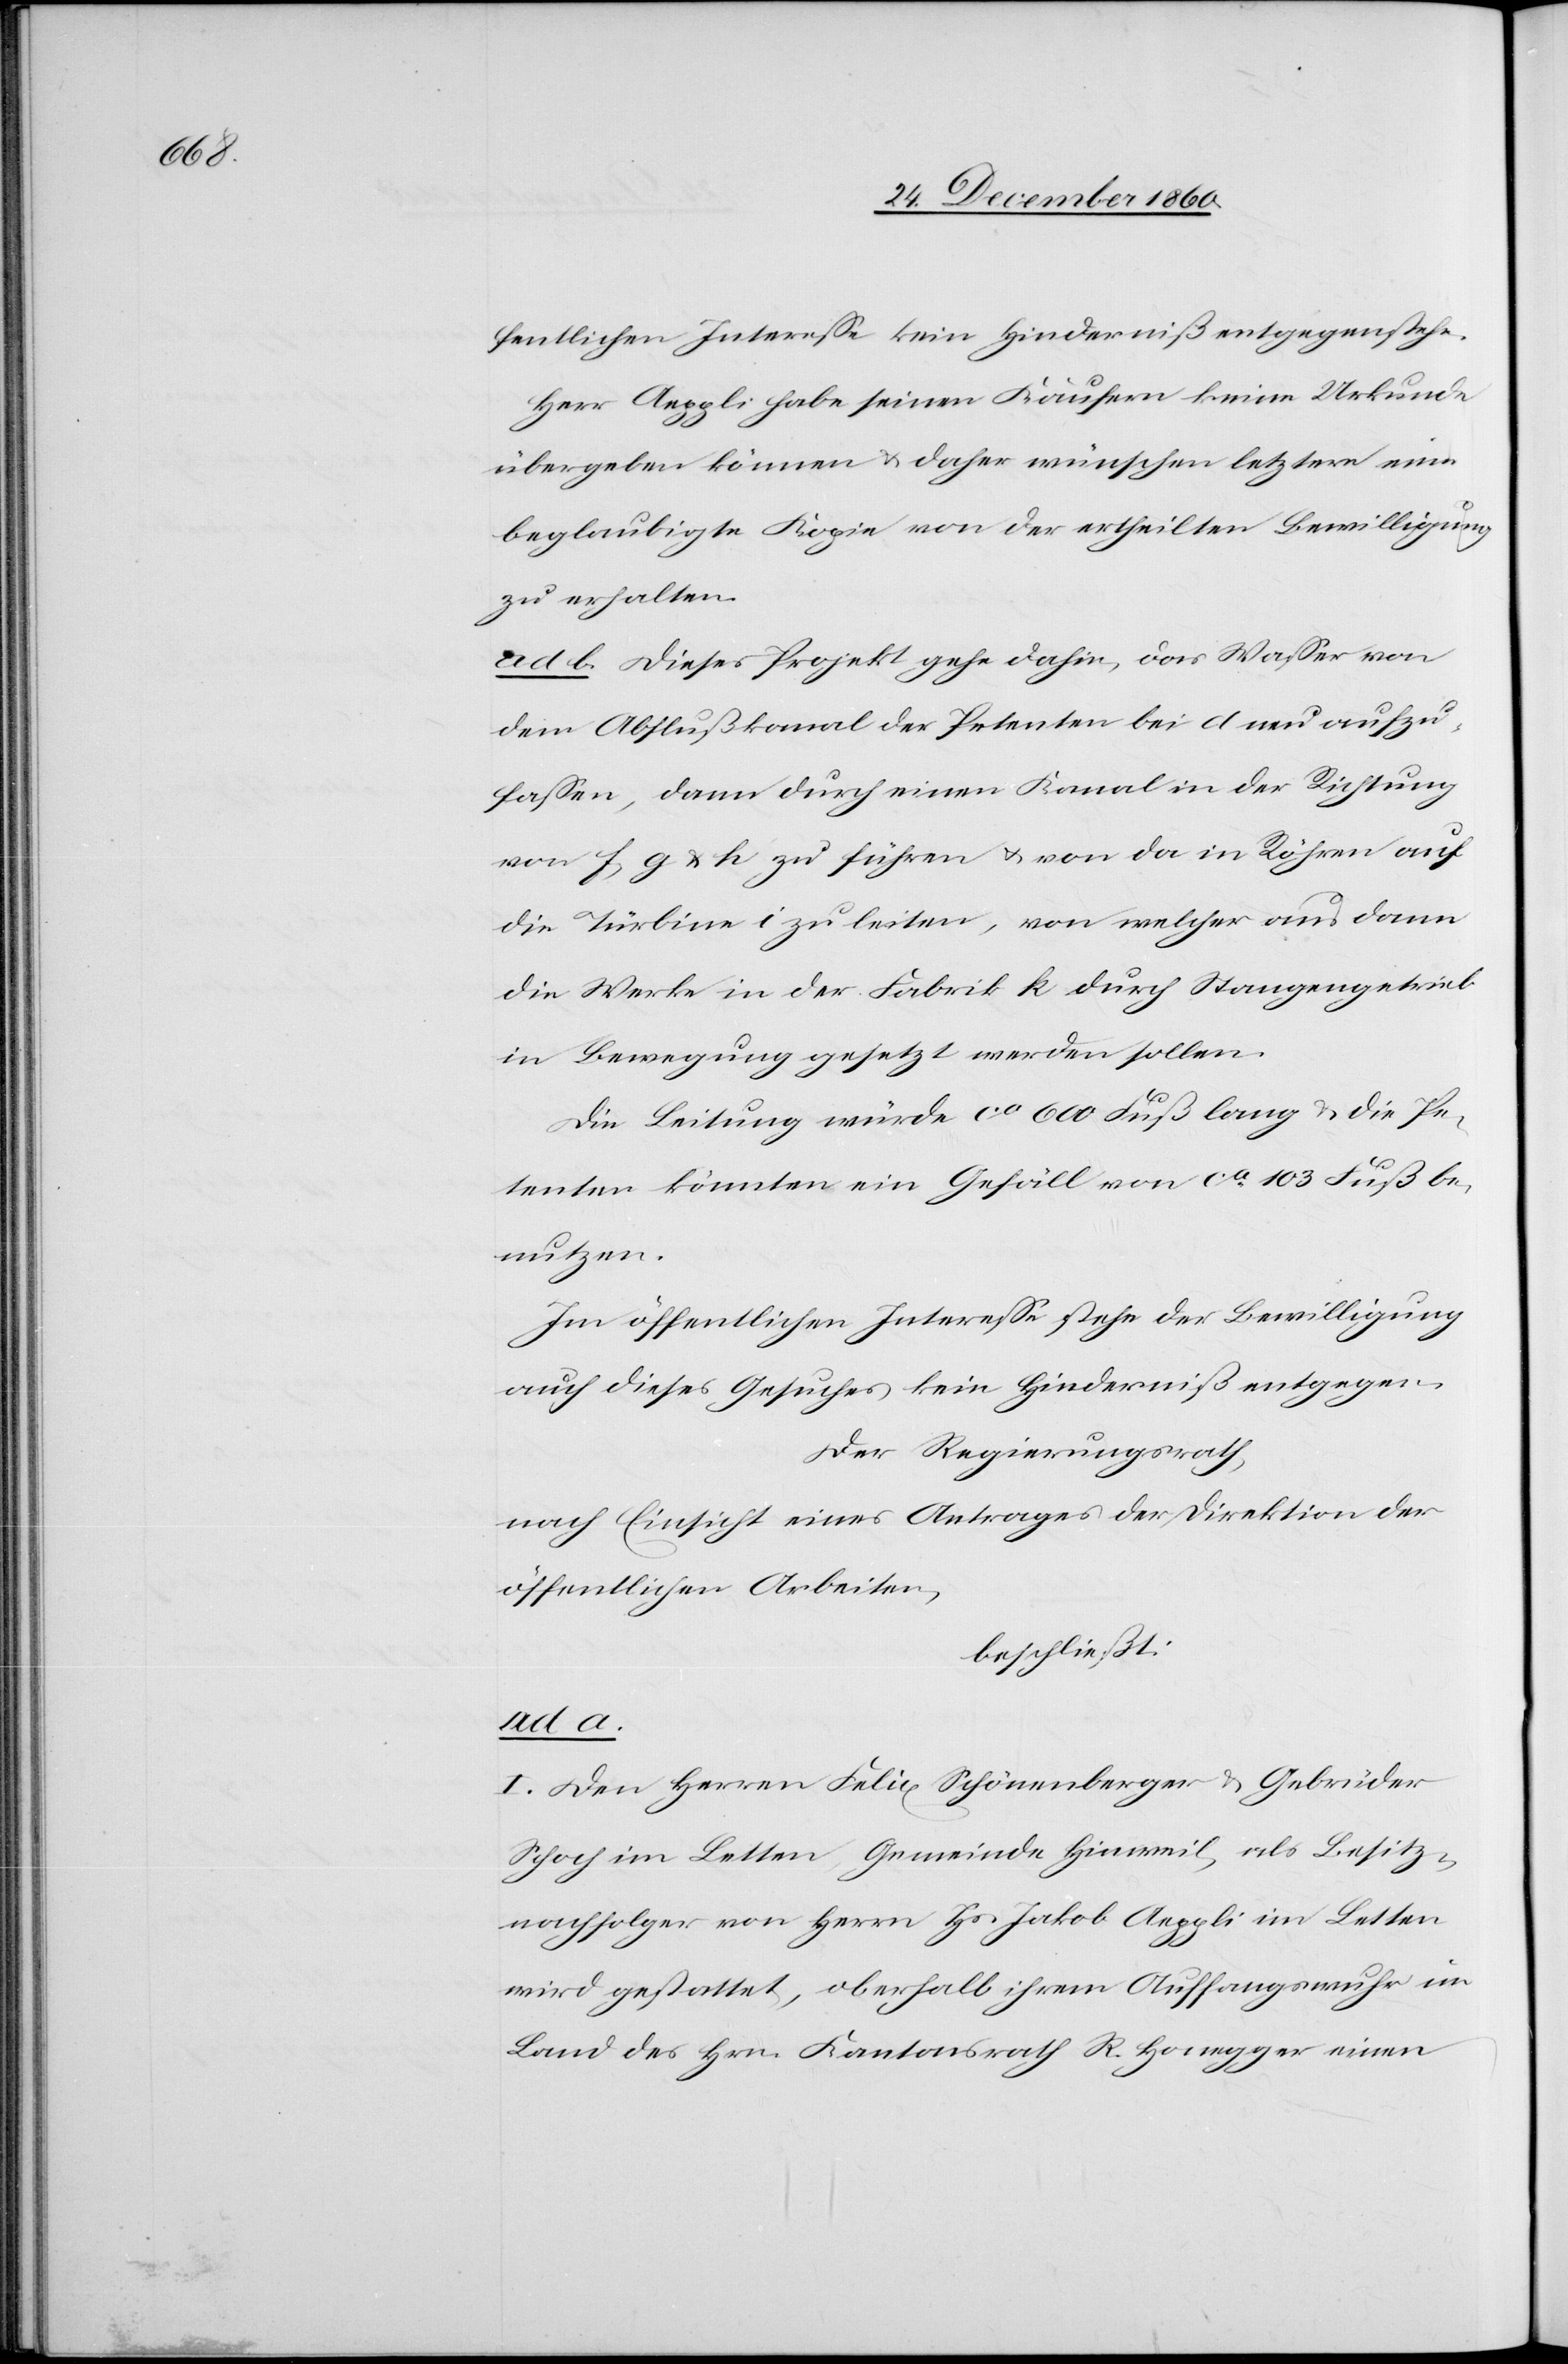
fentlichen Interesse kein Hinderniß entgegenstehe.
Herr Aeppli habe seinen Käufern keine Urkunde
übergeben können u. daher wünschen letztere eine
beglaubigte Kopie von der ertheilten Bewilligung
zu erhalten.
ad b. Dieses Projekt gehe dahin, das Wasser von
dem Abflußkanal der Petenten bei d neu aufzu¬
fassen, dann durch einen Kanal in der Richtung
von f, g, u. h zu führen u. von da in Röhren auf
die Türbine i zu leiten, von welcher aus dann
die Werke in der Fabrik k durch Stangengetrieb
in Bewegung gesetzt werden sollen.
Die Leitung würde ca 600 Fuß lang u. die Pe¬
tenten könnten ein Gefäll von ca 103 Fuß be¬
nutzen.
Im öffentlichen Interesse stehe der Bewilligung
auch dieses Gesuches kein Hinderniß entgegen.
Der Regierungsrath
nach Einsicht eines Antrages der Direktion der
öffentlichen Arbeiten,
beschließt:
I. Den Herren Felix Schönenberger u. Gebrüder
Schoch im Letten, Gemeinde Hinweil, als Besitz¬
nachfolger von Herrn Hs. Jakob Aeppli im Letten
wird gestattet, oberhalb ihrem Auffangswuhr im
Land des Hrn. Kantonsrath R. Honegger einen